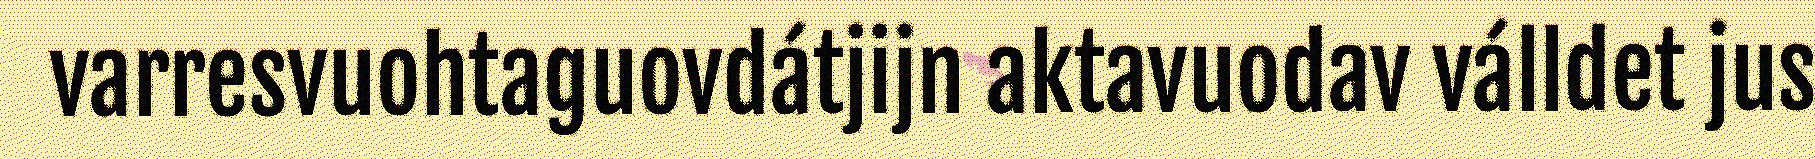
varresvuohtaguovdátjijn aktavuodav válldet jus